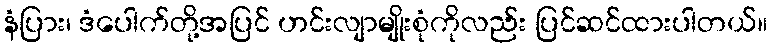
နံပြား၊ ဒံပေါက်တို့အပြင် ဟင်းလျာမျိုးစုံကိုလည်း ပြင်ဆင်ထားပါတယ်။